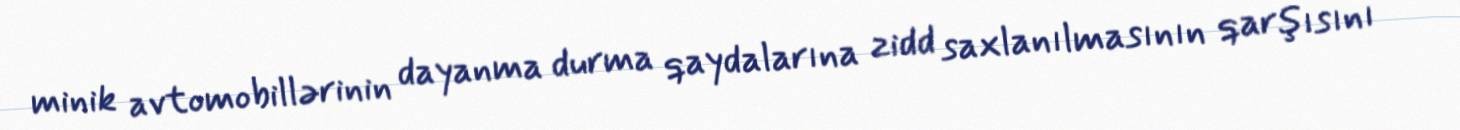
minik avtomobillərinin dayanma durma qaydalarına zidd saxlanılmasının qarşısını